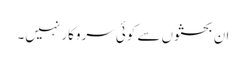
ان بحثوں سے کوئی سروکار نہیں۔